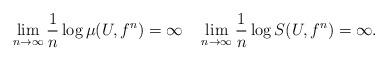
LaTeX: \begin{align*}\lim_{n\to\infty} \frac{1}{n}\log \mu(U,f^n)=\infty\quad\lim_{n\to\infty} \frac{1}{n}\log S(U,f^n)=\infty .\end{align*}